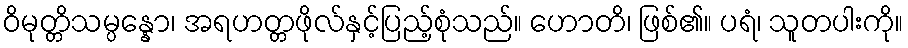
ဝိမုတ္တိသမ္ပန္နော၊ အရဟတ္တဖိုလ်နှင့်ပြည့်စုံသည်။ ဟောတိ၊ ဖြစ်၏။ ပရံ၊ သူတပါးကို။